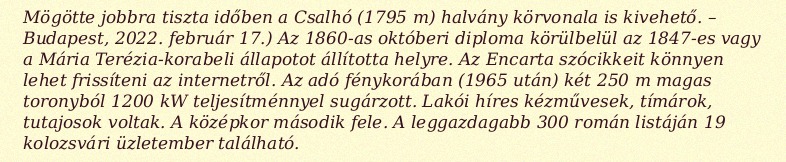
Mögötte jobbra tiszta időben a Csalhó (1795 m) halvány körvonala is kivehető. – Budapest, 2022. február 17.) Az 1860-as októberi diploma körülbelül az 1847-es vagy a Mária Terézia-korabeli állapotot állította helyre. Az Encarta szócikkeit könnyen lehet frissíteni az internetről. Az adó fénykorában (1965 után) két 250 m magas toronyból 1200 kW teljesítménnyel sugárzott. Lakói híres kézművesek, tímárok, tutajosok voltak. A középkor második fele. A leggazdagabb 300 román listáján 19 kolozsvári üzletember található.